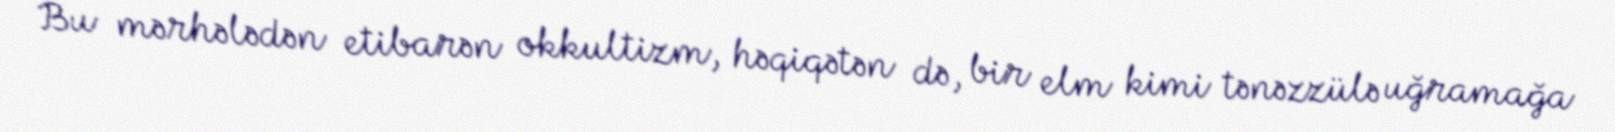
Bu mərhələdən etibarən okkultizm, həqiqətən də, bir elm kimi tənəzzülə uğramağa